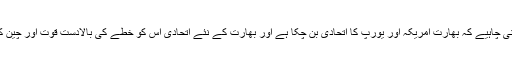
ہمیں یہ حقیقت فراموش نہیں کرنی چاہیے کہ بھارت امریکہ اور یورپ کا اتحادی بن چکا ہے اور بھارت کے نئے اتحادی اُس کو خطے کی بالادست قوت اور چین کا بہترین حریف بنانا چاہتے ہیں۔